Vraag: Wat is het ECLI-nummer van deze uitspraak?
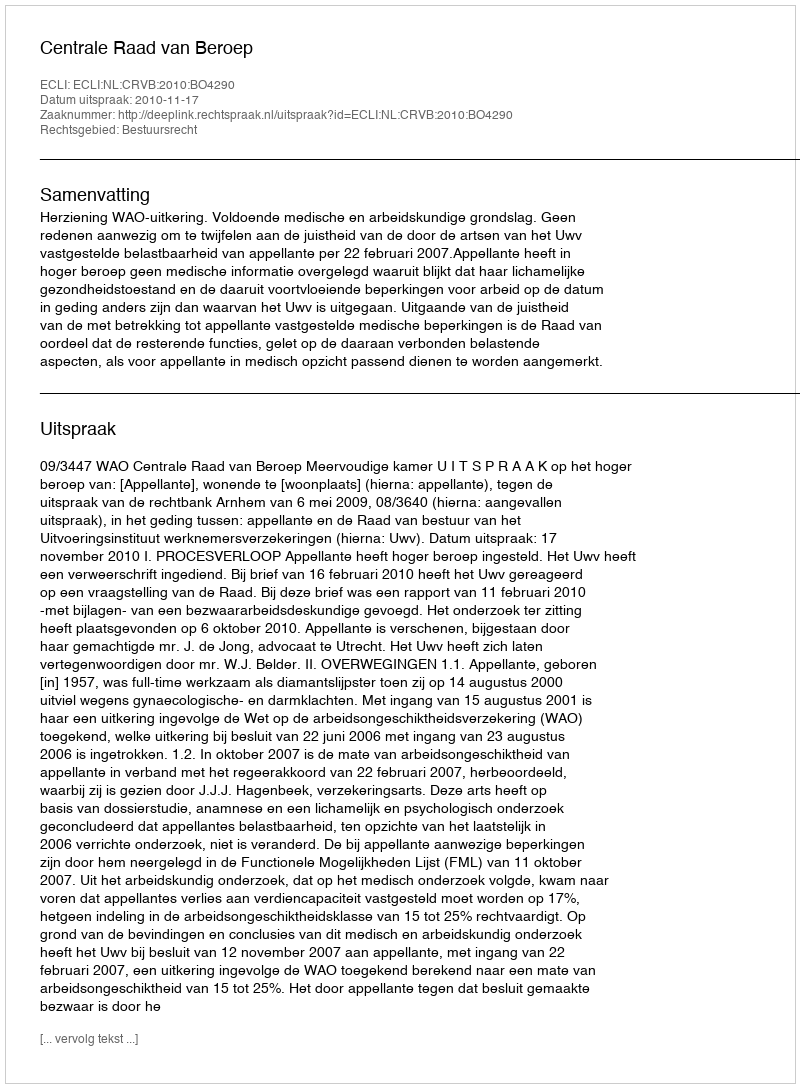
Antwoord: ECLI:NL:CRVB:2010:BO4290